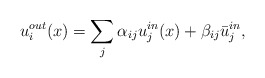
\begin{align*}u_{i}^{out}(x)=\sum_{j}\alpha_{ij}u_{j}^{in}(x)+\beta_{ij}\bar{u}_{j}^{in},\end{align*}